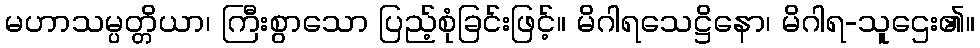
မဟာသမ္ပတ္တိယာ၊ ကြီးစွာသော ပြည့်စုံခြင်းဖြင့်။ မိဂါရသေဋ္ဌိနော၊ မိဂါရ-သူဌေး၏။